Report on vaccination in Madras 1877-1894 - 1877-1894
Year: 1877
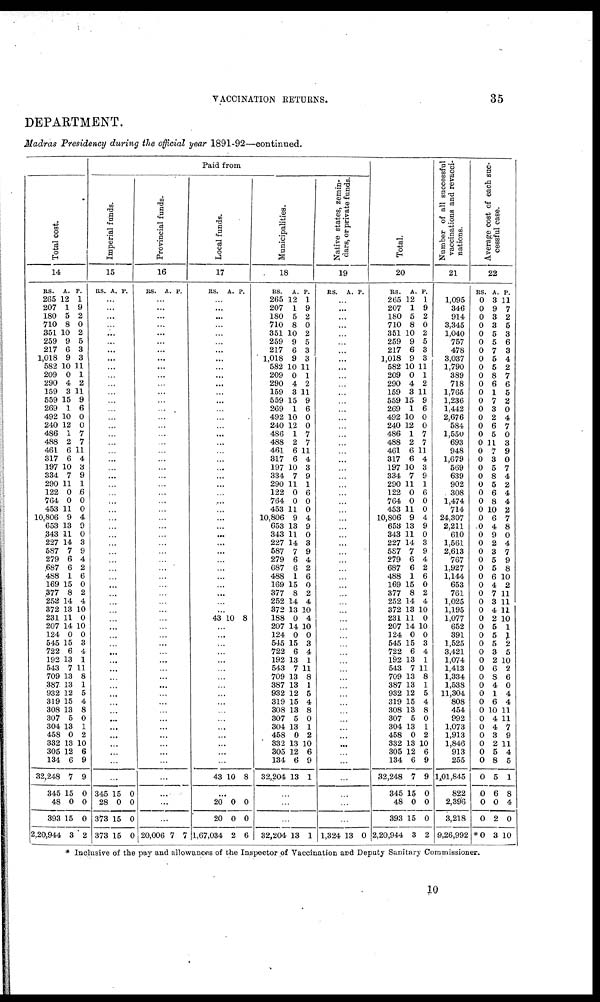
VACCINATION RETURNS.
35
DEPARTMENT.
Madras Presidency during the official year 1891-92—continued.
Total cost.
14
RS.
265
207
180
710
351
259
217
1,018
582
209
290
159
559
269
492
240
486
488
461
317
197
334
290
122
764
453
10,806
653
343
227
587
279
687
488
169
377
252
372
231
207
124
545
722
192
543
709
387
932
319
308
307
304
458
332
305
134
32,248
345
48
393
2,20,944
A.
12
1
5
8
10
9
6
9
10
0
4
3
15
1
10
12
1
2
6
6
10
7
11
0
0
11
9
13
11
14
7
6
6
1
15
8
14
13
11
14
0
15
6
13
7
13
13
12
15
13
5
13
0
13
12
6
7
15
0
15
3
P.
1
9
2
0
2
5
3
3
11
1
2
11
9
6
0
0
7
7
11
4
3
9
1
6
0
0
4
9
0
3
9
4
2
6
0
2
4
10
0
10
0
3
4
1
11
8
1
5
4
8
0
1
2
10
6
9
9
0
0
0
2
Paid from
Imperial funds.
15
RS. A. P.
...
...
...
...
...
...
...
...
...
...
...
...
...
...
...
...
...
...
...
...
...
...
...
...
...
...
...
...
...
...
...
...
...
...
...
...
...
...
...
...
...
...
...
...
...
...
...
...
...
...
...
...
...
...
...
...
...
345
28
373
373
15
0
15
15
0
0
0
0
Provincial funds.
16
RS. A. P.
...
...
...
...
...
...
...
...
...
...
...
...
...
...
...
...
...
...
...
...
...
...
...
...
...
...
...
...
...
...
...
...
...
...
...
...
...
...
...
...
...
...
...
...
...
...
...
...
...
...
...
...
...
...
...
...
...
...
...
...
20,006 7 7
Local funds.
17
RS. A. P.
...
...
...
...
...
...
...
...
...
...
...
...
...
...
...
...
...
...
...
...
...
...
...
...
...
...
...
...
...
...
...
...
...
...
...
...
...
...
43 10 8
...
...
...
...
...
...
...
...
...
...
...
...
...
...
...
...
...
43 10 8
...
20
20
1,67,034
0
0
2
0
0
6
Municipalities.
18
RS.
265
207
180
710
351
259
217
1,018
582
209
290
159
559
269
492
240
486
488
461
317
197
334
290
122
764
453
10,806
653
343
227
587
279
687
488
169
377
252
372
188
207
124
545
722
192
543
709
387
932
319
308
307
304
458
332
305
134
32,204
A.
12
1
5
8
10
9
6
9
10
0
4
3
15
1
10
12
1
2
6
6
10
7
11
0
0
11
9
13
11
14
7
6
6
1
15
8
14
13
0
14
0
15
6
13
7
13
13
12
15
13
5
13
0
13
12
6
13
P.
1
9
2
0
2
5
3
3
11
1
2
11
9
6
0
0
7
7
11
4
3
9
1
6
0
0
4
9
0
3
9
4
2
6
0
2
4
10
4
10
0
3
4
1
11
8
1
5
4
8
0
1
2
10
6
9
1
...
...
...
32,204 13 1
Native states, zemin-
dars, or private funds.
19
RS. A. P.
...
...
...
...
...
...
...
...
...
...
...
...
...
...
...
...
...
...
...
...
...
...
...
...
...
...
...
...
...
...
...
...
...
...
...
...
...
...
...
...
...
...
...
...
...
...
...
...
...
...
...
...
...
...
...
...
...
...
...
...
1,324 13 0
Total.
20
RS.
265
207
180
710
351
259
217
1,018
582
209
290
159
559
269
492
240
486
488
461
317
197
334
290
122
764
453
10,806
653
343
227
587
279
687
488
169
377
252
372
231
207
124
545
722
192
543
709
387
932
319
308
307
304
458
332
305
134
32,248
345
48
393
2,20,944
A.
12
1
5
8
10
9
6
9
10
0
4
3
15
1
10
12
1
2
6
6
10
7
11
0
0
11
9
13
11
14
7
6
6
1
15
8
14
13
11
14
0
15
6
13
7
13
13
12
15
13
5
13
0
13
12
6
7
15
0
15
3
P.
1
9
2
0
2
5
3
3
11
1
2
11
9
6
0
0
7
7
11
4
3
9
1
6
0
0
4
9
0
3
9
4
2
6
0
2
4
10
0
10
0
3
4
1
11
8
1
5
4
8
0
1
2
10
6
9
9
0
0
0
2
Number of all successful
vaccinations and revacci-
nations.
21
1,095
346
914
3,345
1,040
757
478
3,037
1,790
389
718
1,765
1,236
1,442
2,676
584
1,550
693
948
1,679
569
639
902
308
1,474
714
24,307
2,211
610
1,561
2,613
767
1,927
1,144
653
761
1,025
1,195
1,077
652
391
1,525
3,421
1,074
1,413
1,334
1,538
11,304
808
454
992
1,073
1,913
1,846
913
255
1,01,845
822
2,396
3,218
9,26,992
Average cost of each suc-
cessful case.
22
RS.
0
0
0
0
0
0
0
0
0
0
0
0
0
0
0
0
0
0
0
0
0
0
0
0
0
0
0
0
0
0
0
0
0
0
0
0
0
0
0
0
0
0
0
0
0
0
0
0
0
0
0
0
0
0
0
0
0
0
0
0
*0
A.
3
9
3
3
5
5
7
5
5
8
6
1
7
3
2
6
5
11
7
3
5
8
5
6
8
10
6
4
9
2
3
5
5
6
4
7
3
4
2
5
5
5
3
2
6
8
4
1
6
10
4
4
3
2
5
8
5
6
0
2
3
P.
11
7
2
5
3
6
3
4
2
7
6
5
2
0
4
7
0
3
9
0
7
4
2
4
4
2
7
8
0
4
7
9
8
10
2
11
11
11
10
1
1
2
5
10
2
6
0
4
4
11
11
7
9
11
4
5
1
8
4
0
10
* Inclusive of the pay and allowances of the Inspector of Vaccination and Deputy Sanitary Commissioner.
10